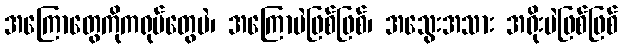
အကြောတွေကိုကရုပ်တွေပဲ၊ အကြောပဲဖြစ်ဖြစ်၊ အသွေးအသား အရိုးပဲဖြစ်ဖြစ်